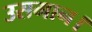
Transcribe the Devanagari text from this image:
उसमान।